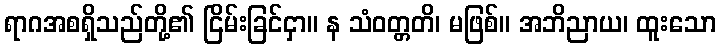
ရာဂအစရှိသည်တို့၏ ငြိမ်းခြင်ငှာ။ န သံဝတ္တတိ၊ မဖြစ်။ အဘိညာယ၊ ထူးသော